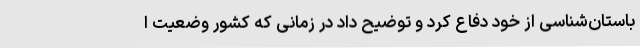
باستان‌شناسی از خود دفاع کرد و توضیح داد در زمانی که کشور وضعیت ا